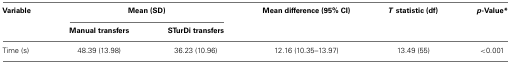
<table><thead><tr><td><b>Variable</b></td><td colspan="2"><b>Mean (SD)</b></td><td><b>Mean difference (95% CI)</b></td><td><b><i>T</i> statistic (df)</b></td><td><b><i>p</i>-Value*</b></td></tr><tr><td></td><td><b>Manual transfers</b></td><td><b>STurDi transfers</b></td><td></td></tr></thead><tbody><tr><td>Time (s)</td><td>48.39 (13.98)</td><td>36.23 (10.96)</td><td>12.16 (10.35–13.97)</td><td>13.49 (55)</td><td>&lt;0.001</td></tr></tbody></table>